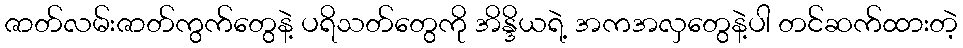
ဇာတ်လမ်းဇာတ်ကွက်တွေနဲ့ ပရိသတ်တွေကို အိန္ဒိယရဲ့ အကအလှတွေနဲ့ပါ တင်ဆက်ထားတဲ့